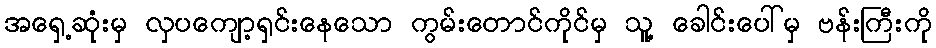
အရှေ့ဆုံးမှ လှပကျော့ရှင်းနေသော ကွမ်းတောင်ကိုင်မှ သူ့ ခေါင်းပေါ်မှ ဗန်းကြီးကို